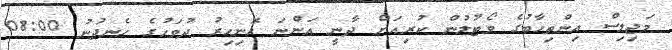
މަޖިލިސް އިންތިހާބުގެ ވޯޓުލުން ކުރިއަށް ދާނީ އަންނަ ހޮނިހިރު ދުވަހުގެ ހެނދުނު 08:00